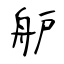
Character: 舮